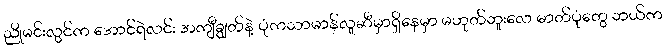
ညိုမင်းလွင်က အောင်ရဲလင်း အကျီချွတ်နဲ့ ပုံကသာမာန်လူဆီမှာရှိနေမှာ မဟုတ်ဘူးလေ ဓာတ်ပုံတွေ ဘယ်က